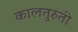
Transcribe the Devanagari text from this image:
कालतुरुती